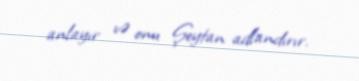
anlayır və onu Şeytan adlandırır.